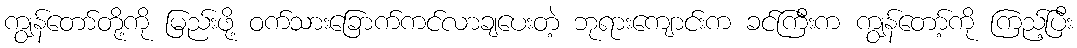
ကျွန်တော်တို့ကို မြည်းဖို့ ဝက်သားခြောက်ကင်လာချပေးတဲ့ ဘုရားကျောင်းက ခင်ကြီးက ကျွန်တော့်ကို ကြည့်ပြီး